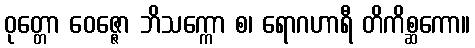
ဝုတ္တော ဝေဇ္ဇော ဘိသက္ကော စ၊ ရောဂဟာရီ တိကိစ္ဆကော။